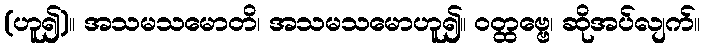
(ဟူ၍)။ အသမသမောတိ၊ အသမသမောဟူ၍။ ဝတ္ထဗ္ဗေ၊ ဆိုအပ်လျက်။